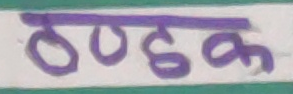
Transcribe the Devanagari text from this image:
ठण्डक